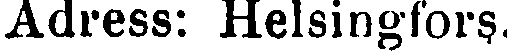
Adress: Helsingfors..